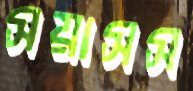
সয়াসস